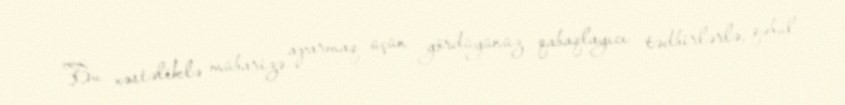
Bu xəstəliklə mübarizə aparmaq üçün gördüyünüz qabaqlayıcı tədbirlərlə, qəbul